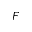
F